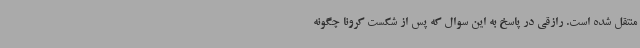
منتقل شده است. رازقی در پاسخ به این سوال ‌که پس از شکست کرونا چگونه